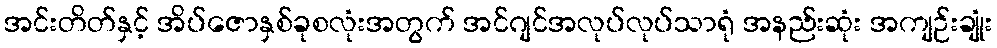
အင်းတိတ်နှင့် အိပ်ဇောနှစ်ခုစလုံးအတွက် အင်ဂျင်အလုပ်လုပ်သာရုံ အနည်းဆုံး အကျဉ်းချုံး